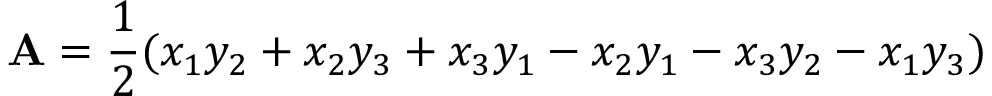
\mathbf { A } = { \frac { 1 } { 2 } } ( x _ { 1 } y _ { 2 } + x _ { 2 } y _ { 3 } + x _ { 3 } y _ { 1 } - x _ { 2 } y _ { 1 } - x _ { 3 } y _ { 2 } - x _ { 1 } y _ { 3 } )